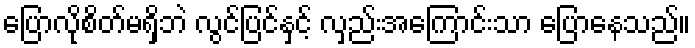
ပြောလိုစိတ်မရှိဘဲ လွင်ပြင်နှင့် လှည်းအကြောင်းသာ ပြောနေသည်။